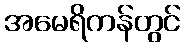
အမေရိကန်တွင်